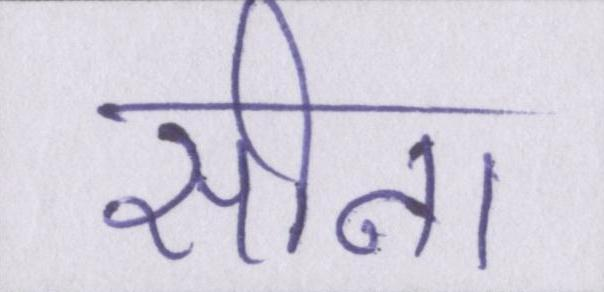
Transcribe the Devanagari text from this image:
सीना